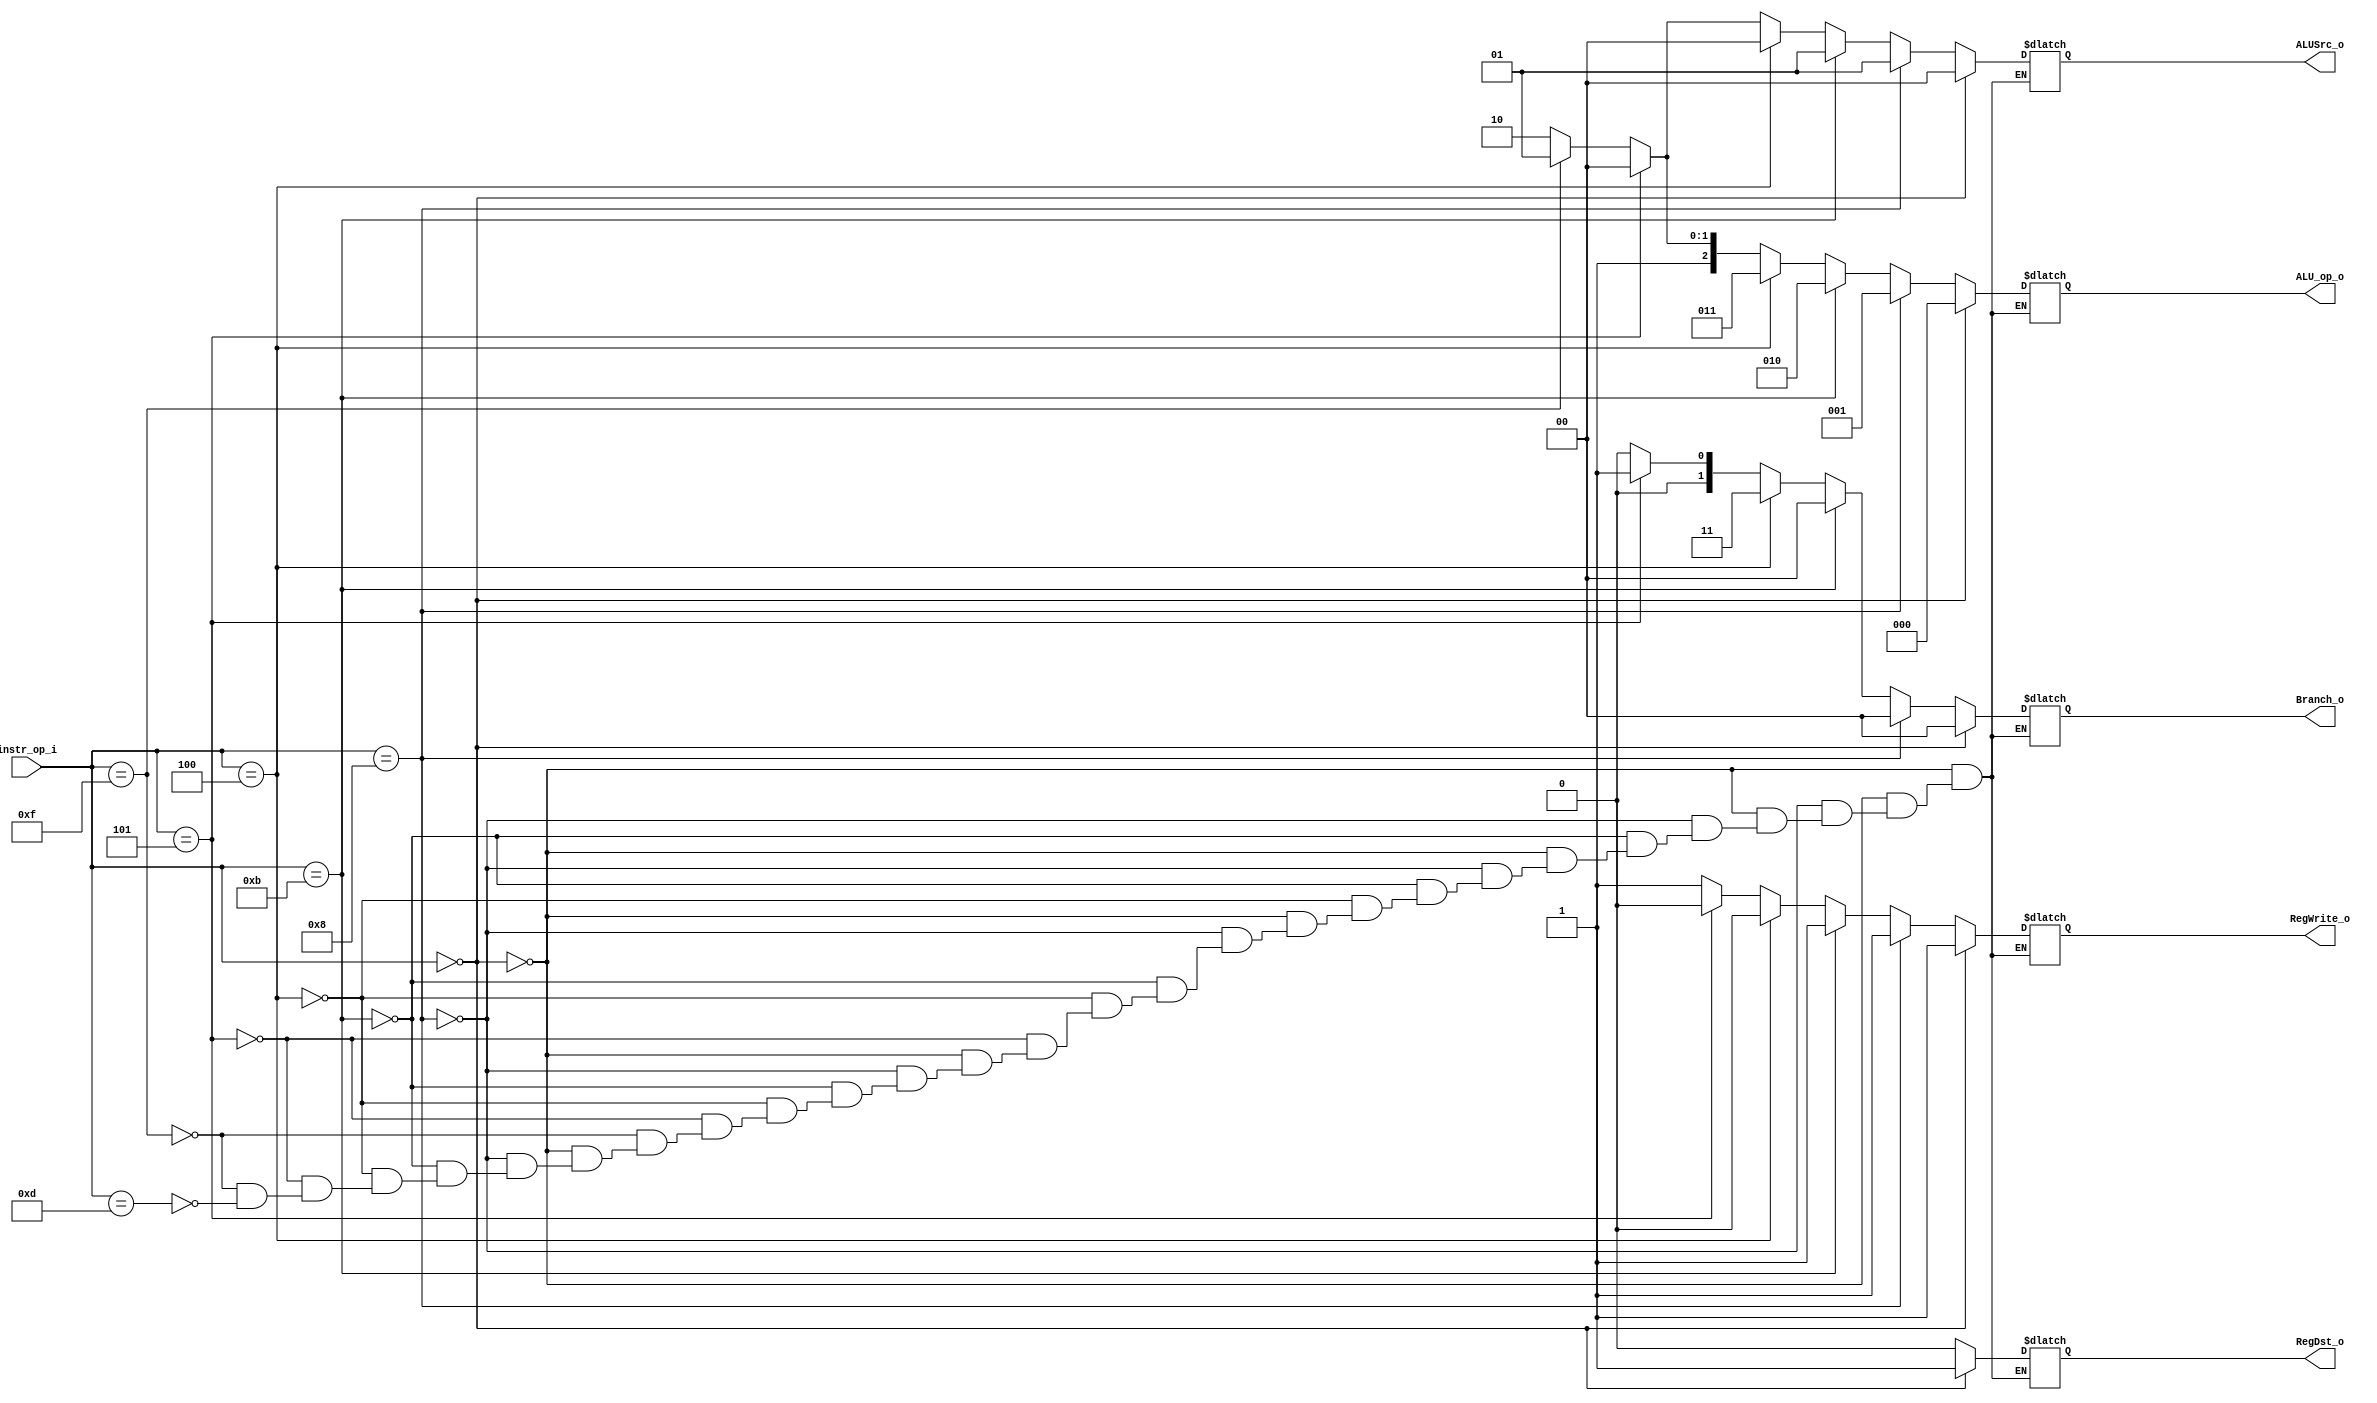
module Decoder(
    instr_op_i,
    RegWrite_o,
    ALU_op_o,
    ALUSrc_o,
    RegDst_o,
    Branch_o
    );

//I/O ports
input  [6-1:0] instr_op_i;

output         RegWrite_o;
output [3-1:0] ALU_op_o;
output [2-1:0] ALUSrc_o;
output         RegDst_o;
output [2-1:0] Branch_o;

//Internal Signals
reg    [3-1:0] ALU_op_o;
reg            ALUSrc_o;
reg            RegWrite_o;
reg            RegDst_o;
reg    [2-1:0] Branch_o;

always @(*)
	begin
		if(instr_op_i == 6'b000000) //r-type
			begin
				ALU_op_o=3'b000;
				ALUSrc_o=2'b00;
				RegWrite_o=1'b1;
				RegDst_o=1'b1;
				Branch_o=2'b00;
			end
		else if(instr_op_i == 6'b001000) //addi
			begin
				ALU_op_o=3'b001;
				ALUSrc_o=2'b01;
				RegWrite_o=1'b1;
				RegDst_o=1'b0;
				Branch_o=2'b00;
			end
		else if(instr_op_i == 6'b001011) //sltiu
			begin
				ALU_op_o=3'b010;
				ALUSrc_o=2'b01;
				RegWrite_o=1'b1;
				RegDst_o=1'b0;
				Branch_o=2'b00;
			end
		else if(instr_op_i == 6'b000100) //beq
			begin
				ALU_op_o=3'b011;
				ALUSrc_o=2'b00;
				RegWrite_o=1'b0;
				RegDst_o=1'b0; //whatever
				Branch_o=2'b11;
			end
		else if(instr_op_i == 6'b000101) //bne
			begin
				ALU_op_o=3'b100;
				ALUSrc_o=2'b00;
				RegWrite_o=1'b0;
				RegDst_o=1'b0; //whatever
				Branch_o=2'b01;
			end
		else if(instr_op_i == 6'b001111) //lui
			begin
				ALU_op_o=3'b101;
				ALUSrc_o=2'b01; //whatever
				RegWrite_o=1'b1;
				RegDst_o=1'b0;
				Branch_o=2'b00;
			end
		else if(instr_op_i == 6'b001101) //ori
			begin
				ALU_op_o=3'b110;
				ALUSrc_o=2'b10;
				RegWrite_o=1'b1;
				RegDst_o=1'b0;
				Branch_o=2'b00;
			end
	
	end

endmodule